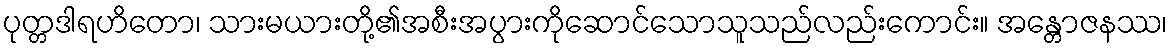
ပုတ္တဒါရဟိတော၊ သားမယားတို့၏အစီးအပွားကိုဆောင်သောသူသည်လည်းကောင်း။ အန္တောဇနဿ၊